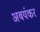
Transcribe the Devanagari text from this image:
अबयंकर